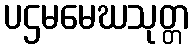
ပဌမမေဃသုတ္တ